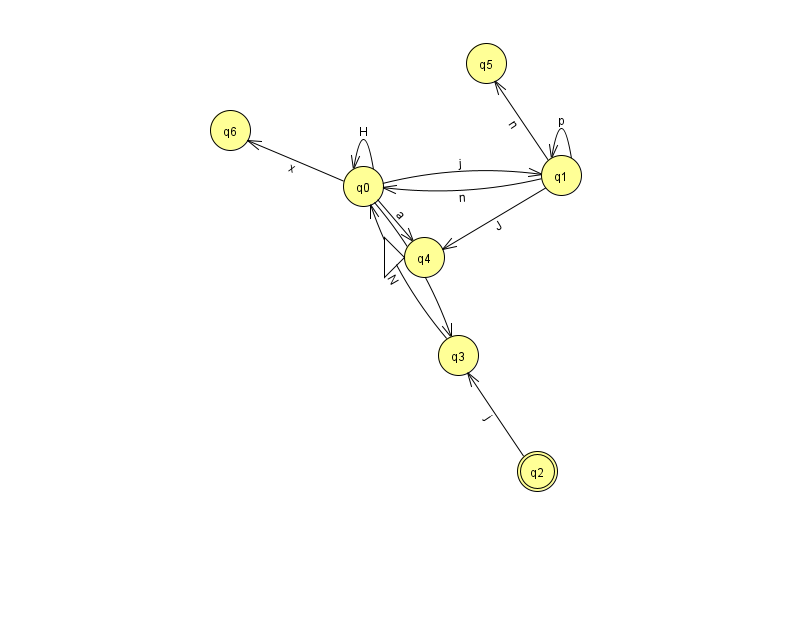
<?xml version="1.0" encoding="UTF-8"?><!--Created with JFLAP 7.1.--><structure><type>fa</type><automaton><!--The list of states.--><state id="0" name="q0"><x>363.0</x><y>173.0</y></state><state id="1" name="q1"><x>561.0</x><y>162.0</y></state><state id="2" name="q2"><x>537.0</x><y>458.0</y><final/></state><state id="3" name="q3"><x>458.0</x><y>342.0</y></state><state id="4" name="q4"><x>424.0</x><y>244.0</y><initial/></state><state id="5" name="q5"><x>486.0</x><y>50.0</y></state><state id="6" name="q6"><x>230.0</x><y>117.0</y></state><!--The list of transitions.--><transition><from>1</from><to>0</to><read>n</read></transition><transition><from>1</from><to>1</to><read>p</read></transition><transition><from>0</from><to>4</to><read>a</read></transition><transition><from>2</from><to>3</to><read>j</read></transition><transition><from>0</from><to>1</to><read>j</read></transition><transition><from>1</from><to>4</to><read>J</read></transition><transition><from>3</from><to>0</to><read>N</read></transition><transition><from>0</from><to>0</to><read>H</read></transition><transition><from>1</from><to>5</to><read>n</read></transition><transition><from>0</from><to>3</to><read>R</read></transition><transition><from>0</from><to>6</to><read>x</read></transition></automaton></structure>